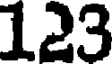
123